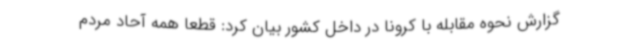
گزارش نحوه مقابله با کرونا در داخل کشور بیان کرد: قطعا همه آحاد مردم